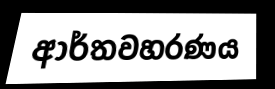
ආර්තවහරණය